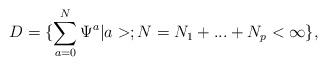
LaTeX: \begin{align*}D=\{ \sum _{a=0}^N \Psi^a |a>; N=N_1+...+N_p < \infty \},\end{align*}